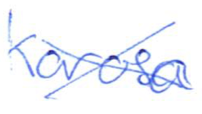
Text: Karosa
Cross-out: mix
Writing tool: ballpoint